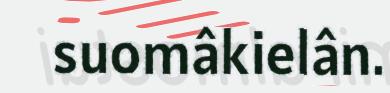
suomâkielân.